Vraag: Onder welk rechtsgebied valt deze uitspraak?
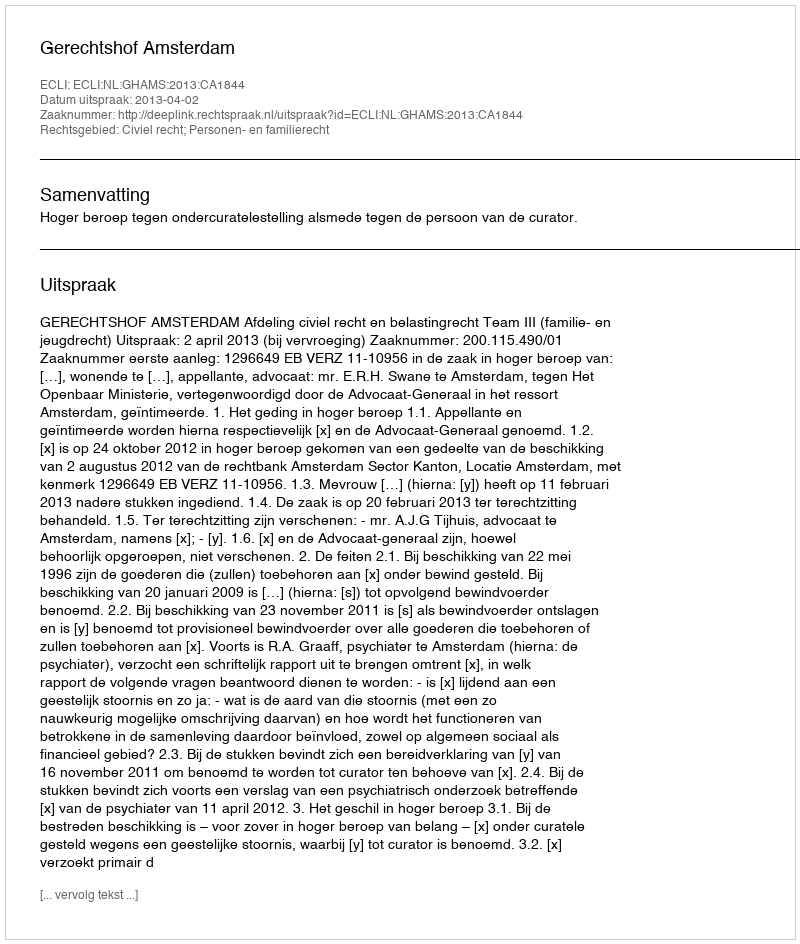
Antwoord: Civiel recht; Personen- en familierecht